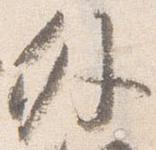
外